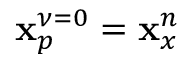
\mathbf { x } _ { p } ^ { \nu = 0 } = \mathbf { x } _ { x } ^ { n }